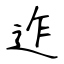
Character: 迮